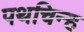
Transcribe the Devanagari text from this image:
पथचिन्ह